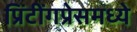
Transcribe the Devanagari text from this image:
प्रिंटींगप्रेसमध्ये